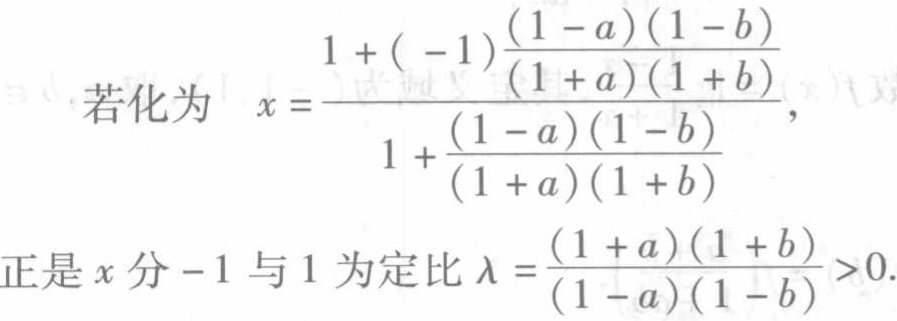
若化为 \(x = \frac{1 + (-1)\frac{(1 - a)(1 - b)}{(1 + a)(1 + b)}}{1 + \frac{(1 - a)(1 - b)}{(1 + a)(1 + b)}}\)，
正是 \(x\) 分 \(-1\) 与 \(1\) 为定比 \(\lambda=\frac{(1 + a)(1 + b)}{(1 - a)(1 - b)}>0\).